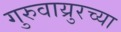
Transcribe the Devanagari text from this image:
गुरुवाय्रुरच्या